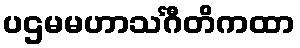
ပဌမမဟာသင်္ဂီတိကထာ